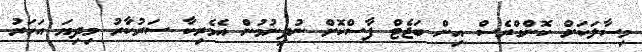
މިސާލަކަށް ކޮންގްރެސް އިން ބަޖެޓް ފާސްކޮށް ނުދިނުމުން އެމެރިކާ ސަރުކާރު މިދިޔަ އަހަރު